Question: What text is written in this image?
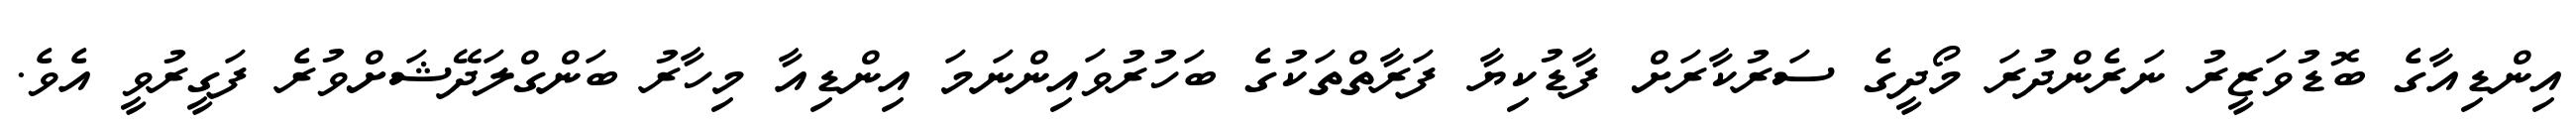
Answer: އިންޑިއާގެ ބޮޑުވަޒީރު ނަރެންދުރަ މޯދީގެ ސަރުކާރަށް ފާޑުކިޔާ ފަރާތްތަކުގެ ބަހުރުވައިންނަމަ އިންޑިއާ މިހާރު ބަންގްލަދޭޝަށްވުރެ ފަގީރުވީ އެވެ.